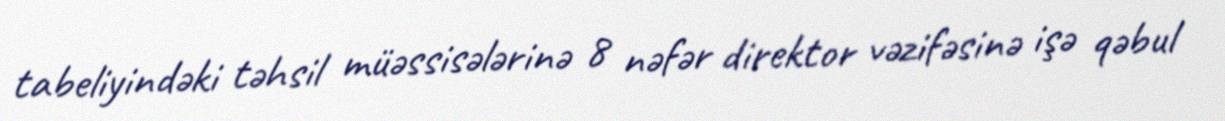
tabeliyindəki təhsil müəssisələrinə 8 nəfər direktor vəzifəsinə işə qəbul